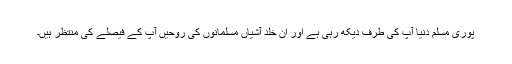
پوری مسلم دنیا آپ کی طرف دیکھ رہی ہے اور ان خلد آشیاں مسلمانوں کی روحیں آپ کے فیصلے کی منتظر ہیں۔